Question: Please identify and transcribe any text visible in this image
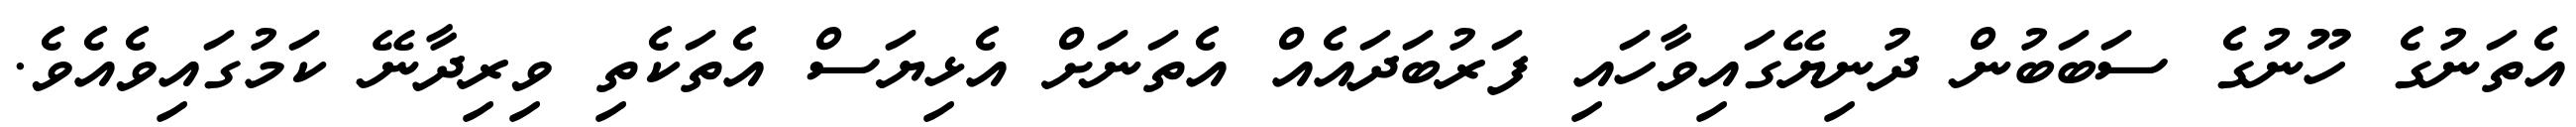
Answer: އެތަނުގެ ހޫނުގެ ސަބަބުން ދުނިޔޭގައިވާހައި ފަރުބަދައެއް އެތަނަށް އެޅިޔަސް އެތަކެތި ވިރިދާނޭ ކަމުގައިވެއެވެ.